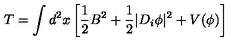
T = \int d ^ { 2 } x \left[ \frac { 1 } { 2 } B ^ { 2 } + \frac { 1 } { 2 } | D _ { i } \phi | ^ { 2 } + V ( \phi ) \right]